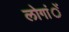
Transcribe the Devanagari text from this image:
लोगांें